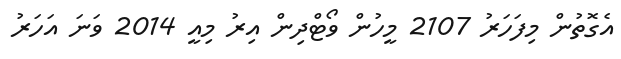
އެގޮތުން މިފަހަރު 2107 މީހުން ވޯޓްދިން އިރު މިއީ 2014 ވަނަ އަހަރު